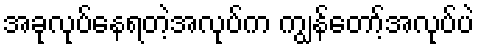
အခုလုပ်နေရတဲ့အလုပ်က ကျွန်တော့်အလုပ်ပဲ